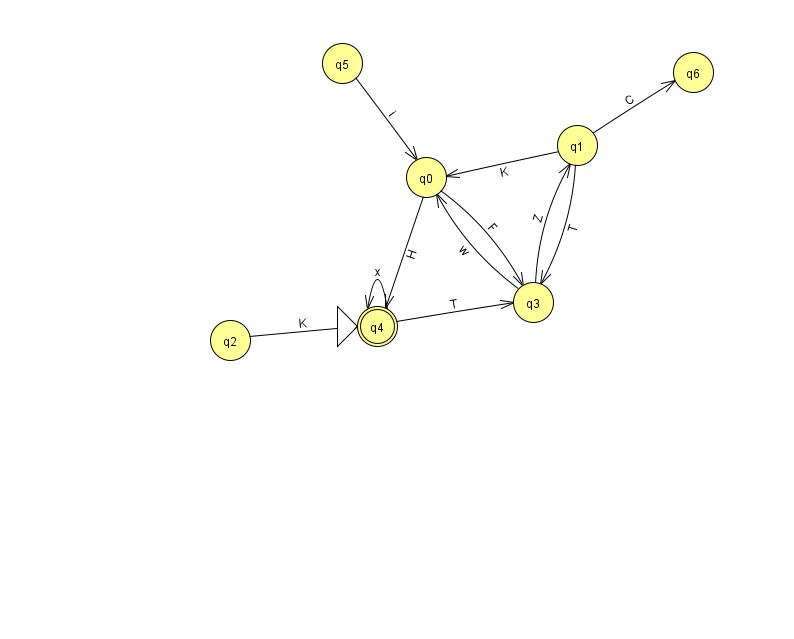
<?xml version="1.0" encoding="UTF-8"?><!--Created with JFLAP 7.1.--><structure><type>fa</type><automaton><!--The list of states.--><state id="0" name="q0"><x>426.0</x><y>164.0</y></state><state id="1" name="q1"><x>577.0</x><y>132.0</y></state><state id="2" name="q2"><x>230.0</x><y>327.0</y></state><state id="3" name="q3"><x>533.0</x><y>289.0</y></state><state id="4" name="q4"><x>377.0</x><y>313.0</y><initial/><final/></state><state id="5" name="q5"><x>342.0</x><y>50.0</y></state><state id="6" name="q6"><x>693.0</x><y>59.0</y></state><!--The list of transitions.--><transition><from>1</from><to>3</to><read>T</read></transition><transition><from>4</from><to>3</to><read>T</read></transition><transition><from>5</from><to>0</to><read>i</read></transition><transition><from>0</from><to>3</to><read>F</read></transition><transition><from>3</from><to>0</to><read>w</read></transition><transition><from>2</from><to>4</to><read>K</read></transition><transition><from>4</from><to>4</to><read>x</read></transition><transition><from>1</from><to>6</to><read>C</read></transition><transition><from>0</from><to>4</to><read>H</read></transition><transition><from>3</from><to>1</to><read>Z</read></transition><transition><from>1</from><to>0</to><read>K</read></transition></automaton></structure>